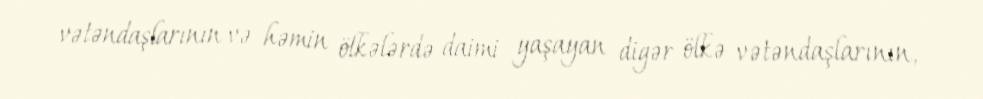
vətəndaşlarının və həmin ölkələrdə daimi yaşayan digər ölkə vətəndaşlarının,